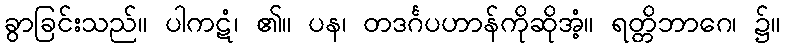
ခွာခြင်းသည်။ ပါကဋံ၊ ၏။ ပန၊ တဒင်္ဂပဟာန်ကိုဆိုအံ့။ ရတ္တိဘာဂေ၊ ၌။